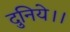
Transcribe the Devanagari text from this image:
दुनिये।।